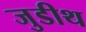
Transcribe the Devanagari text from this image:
जुडीथ